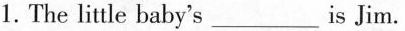
1.The little baby's ___ is Jim.